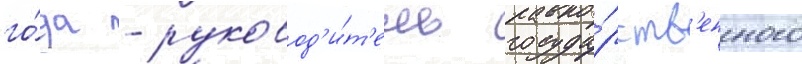
го́да - руковод'и́т'ель госуда́рств'енного